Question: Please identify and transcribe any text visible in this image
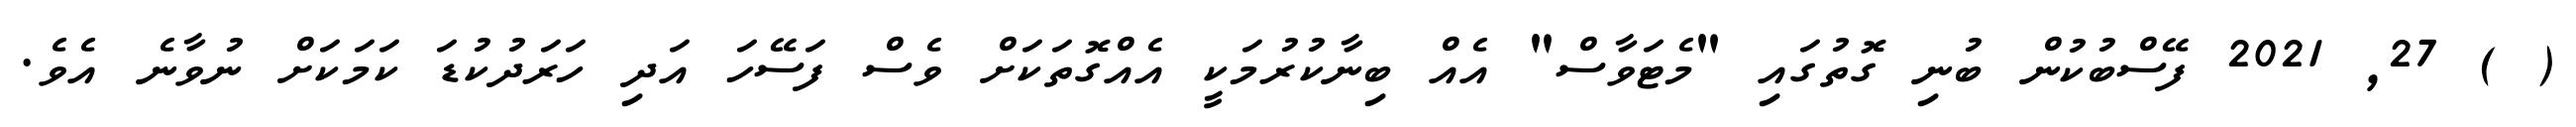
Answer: ( ) 27, 2021 ފޭސްބުކުން ބުނި ގޮތުގައި "މެޓަވާސް" އެއް ބިނާކުރުމަކީ އެއްގޮތަކަށް ވެސް ފަސޭހަ އަދި ހަރަދުކުޑަ ކަމަކަށް ނުވާނެ އެވެ.